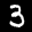
Label: 3